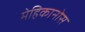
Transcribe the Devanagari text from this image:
मेहिकानोस